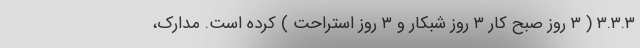
۳.۳.۳ ( ۳ روز صبح کار ۳ روز شبکار و ۳ روز استراحت ) کرده است. مدارک،